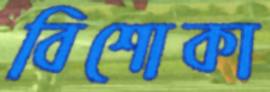
বিশোকা